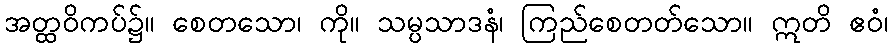
အတ္ထဝိကပ်၌။ စေတသော၊ ကို။ သမ္ပသာဒနံ၊ ကြည်စေတတ်သော။ ဣတိ ဧဝံ၊